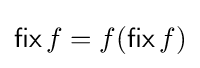
\operatorname {\mathsf {fix}} f=f(\operatorname {\mathsf {fix}} f)